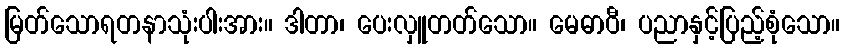
မြတ်သောရတနာသုံးပါးအား။ ဒါတာ၊ ပေးလှူတတ်သော။ မေဓာဝီ၊ ပညာနှင့်ပြည့်စုံသော။